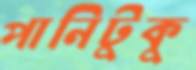
পানিটুকু